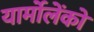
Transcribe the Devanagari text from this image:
यार्मोलेंको